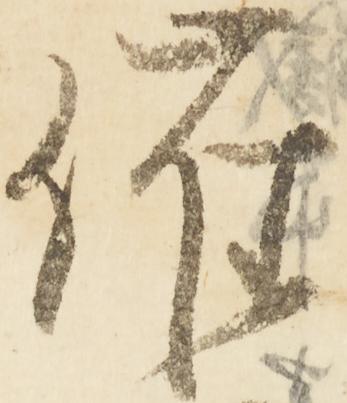
催